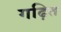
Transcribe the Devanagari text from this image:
गढ़ित